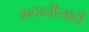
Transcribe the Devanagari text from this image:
अब्दालीलाही